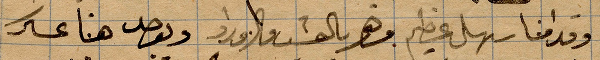
وقدامنا سهل عظيم وهو بالعشب والورد ويوجد هنا عسكر